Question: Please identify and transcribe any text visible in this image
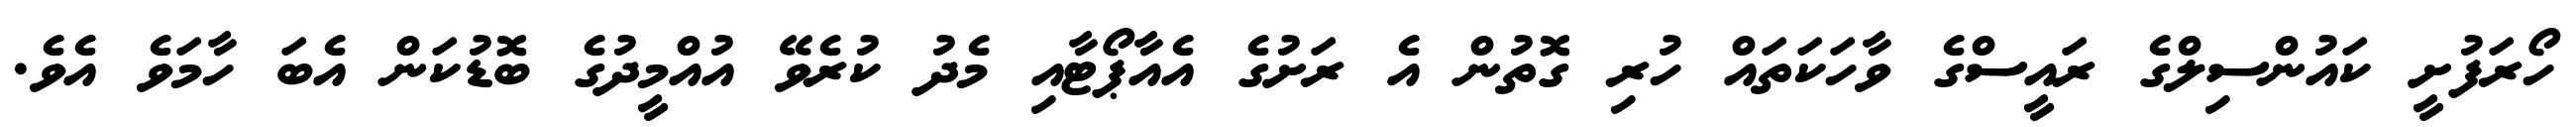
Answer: ހޯރަފުށީ ކައުންސިލްގެ ރައީސްގެ ވާހަކަތައް ހުރި ގޮތުން އެ ރަށުގެ އެއާޕޯޓާއި މެދު ކުރެވޭ އުއްމީދުގެ ބޮޑުކަން އެބަ ހާމަވެ އެވެ.